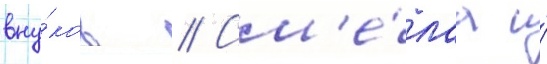
вну́ков // См'е́лаа и́